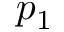
p _ { 1 }